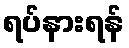
ရပ်နားရန်